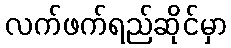
လက်ဖက်ရည်ဆိုင်မှာ